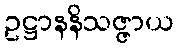
ဥဋ္ဌာနနိသဇ္ဇာယ